Civil Veterinary Department. United Provinces 1923-31 - 1923-1931
Year: 1923
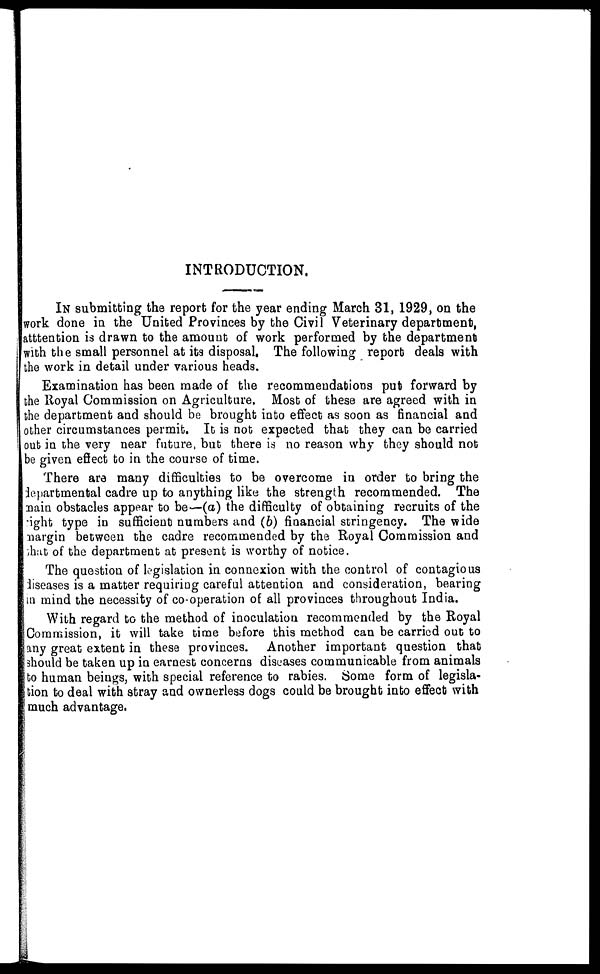
INTRODUCTION.
IN submitting the report for the year ending March 31, 1929, on the
work done in the United Provinces by the Civil Veterinary department,
atttention is drawn to the amount of work performed by the department
with the small personnel at its disposal, The following report deals with
the work in detail under various heads.
Examination has been made of the recommendations put forward by
the Royal Commission on Agriculture. Most of these are agreed with in
the department and should be brought into effect as soon as financial and
other circumstances permit. It is not expected that they can be carried
out in the very near future, but there is no reason why they should not
be given effect to in the course of time.
There are many difficulties to be overcome in order to bring the
departmental cadre up to anything like the strength recommended. The
main obstacles appear to be—(a) the difficulty of obtaining recruits of the
night type in sufficient numbers and (b) financial stringency. The wide
margin between the cadre recommended by the Royal Commission and
that of the department at present is worthy of notice.
The question of legislation in connexion with the control of contagious
diseases is a matter requiring careful attention and consideration, bearing
in mind the necessity of co-operation of all provinces throughout India.
With regard to the method of inoculation recommended by the Royal
Commission, it will take time before this method can be carried out to
any great extent in these provinces. Another important question that
should be taken up in earnest concerns diseases communicable from animals
to human beings, with special reference to rabies. Some form of legisla-
tion to deal with stray and ownerless dogs could be brought into effect with
much advantage.